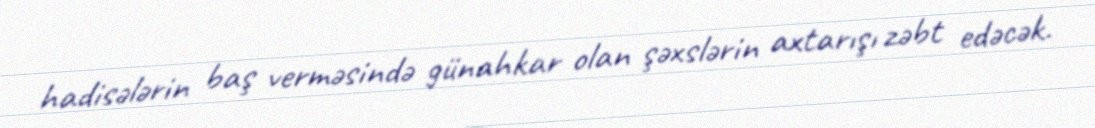
hadisələrin baş verməsində günahkar olan şəxslərin axtarışı zəbt edəcək.